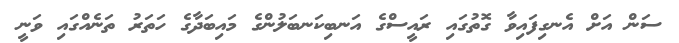
ސަން އަށް އެނގިފައިވާ ގޮތުގައި ރައީސްގެ އަނބިކަނބަލުންގެ މައިބަދާގެ ހަތަރު ތަނެއްގައި ވަނީ